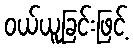
ဝယ်ယူခြင်းဖြင့်